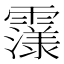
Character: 𮦴